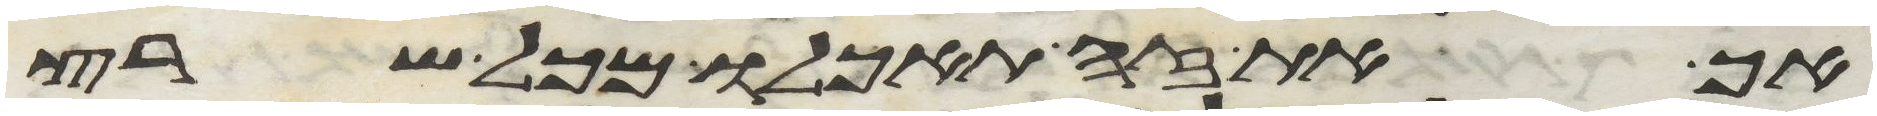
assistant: אך את זה תאכלו מכל שרץ